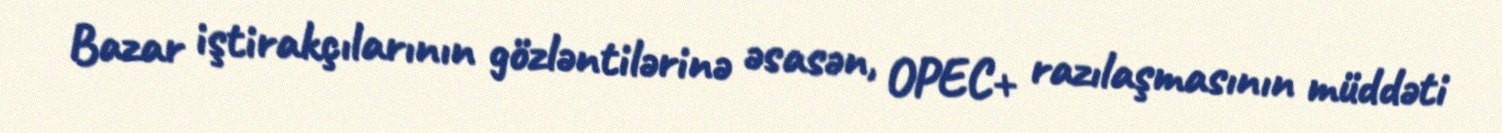
Bazar iştirakçılarının gözləntilərinə əsasən, OPEC+ razılaşmasının müddəti